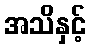
အသိနှင့်